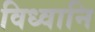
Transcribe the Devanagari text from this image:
विध्वानि